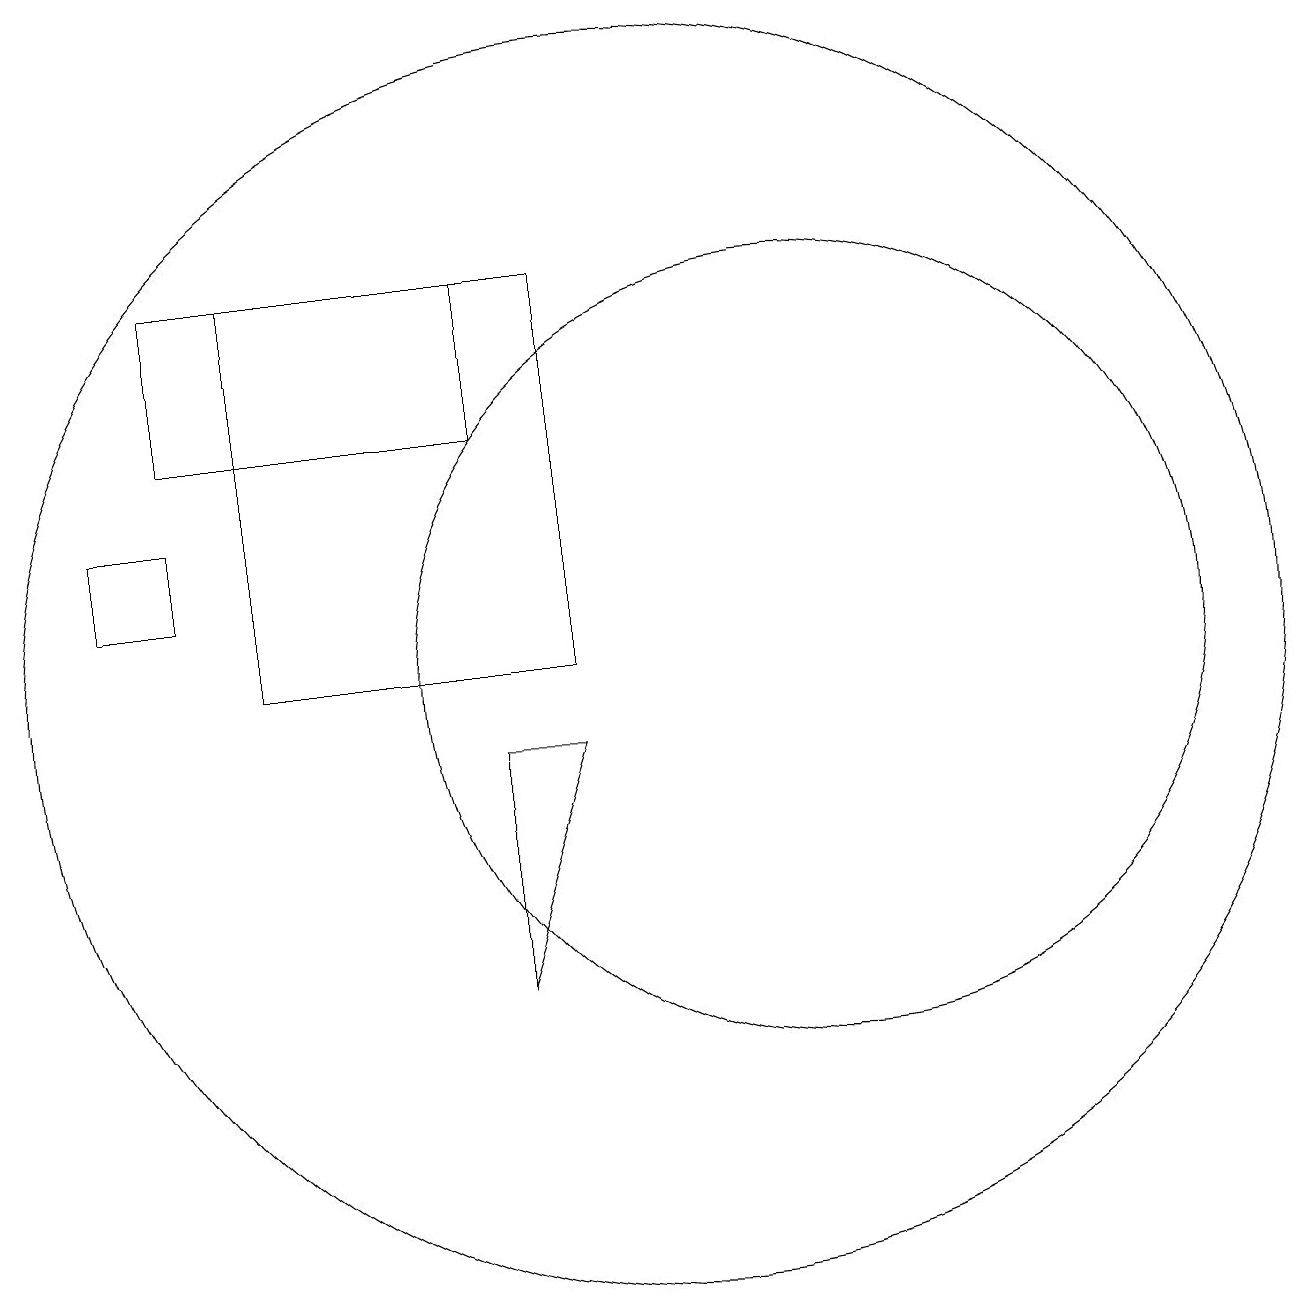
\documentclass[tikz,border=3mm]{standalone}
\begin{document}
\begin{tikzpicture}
\draw (12,10) circle (5);
\draw (8,15) rectangle (4,13);
\draw (10,10) circle (8);
\draw (4,12) rectangle (3,11);
\draw (8,9) -- (9,9) -- (8,6) -- cycle;
\draw (9,15) rectangle (5,10);
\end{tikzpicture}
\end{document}